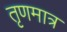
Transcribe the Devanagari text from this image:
तृणमात्र